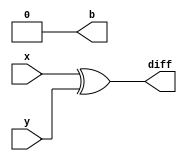
// Code for half_subractor
module half_subractor(
  input x,y,
  output diff,b);
  wire a;
  not(a,y);
  xor(diff,x,y);
  and(b,a,y);
endmodule